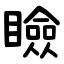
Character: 瞼